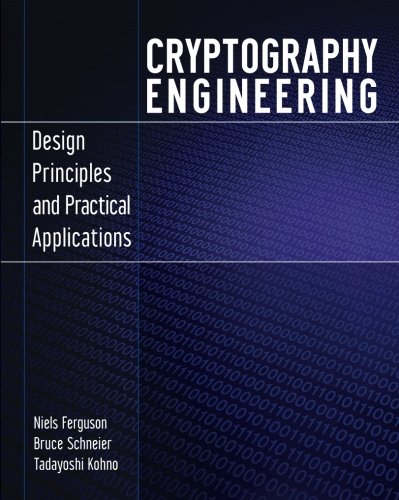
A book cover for Cryptography Engineering: Design Principles and Practical Applications; Niels Ferguson; Engineering & Transportation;